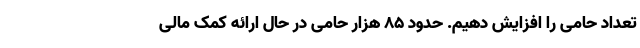
تعداد حامی را افزایش دهیم. حدود ۸۵ هزار حامی در حال ارائه کمک مالی